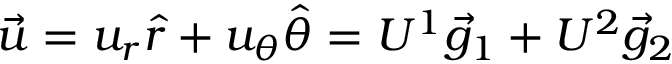
\vec { u } = u _ { r } \hat { r } + u _ { \theta } \hat { \theta } = U ^ { 1 } \vec { g } _ { 1 } + U ^ { 2 } \vec { g } _ { 2 }